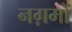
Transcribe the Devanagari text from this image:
नग़मों